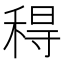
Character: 䅞